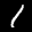
Label: 1